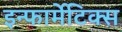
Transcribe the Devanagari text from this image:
इन्फार्मेटिक्स